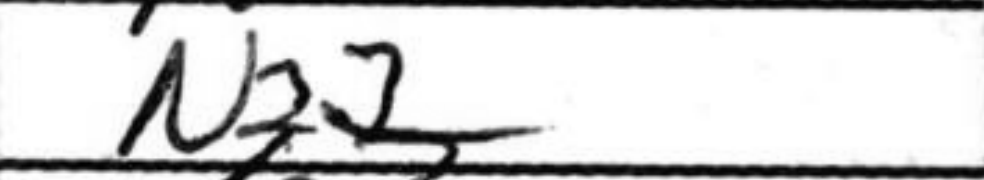
Transcription: Nf2